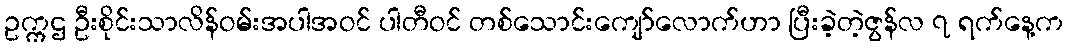
ဥက္ကဌ ဦးစိုင်းသာလိန်ဝမ်းအပါအဝင် ပါတီဝင် တစ်သောင်းကျော်လောက်ဟာ ပြီးခဲ့တဲ့ဇွန်လ ၇ ရက်နေ့က